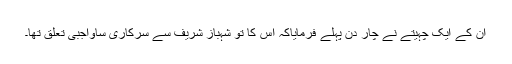
ان کے ایک چہیتے نے چار دن پہلے فرمایاکہ اس کا تو شہباز شریف سے سرکاری ساواجبی تعلق تھا۔